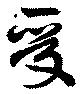
受